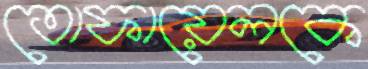
তোফায়েলকে